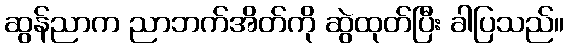
ဆွန်ညာက ညာဘက်အိတ်ကို ဆွဲထုတ်ပြီး ခါပြသည်။